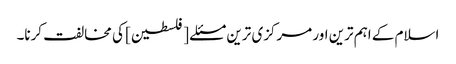
اسلام کے اہم ترین اور مرکزی ترین مسئلے [فلسطین] کی مخالفت کرنا۔